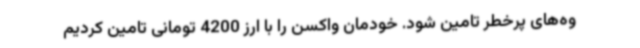
وه‌های پرخطر تامین شود. خودمان واکسن را با ارز 4200 تومانی تامین کردیم